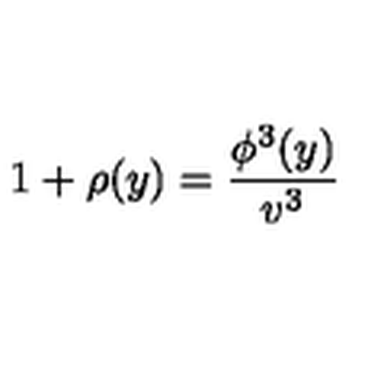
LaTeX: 1 + \rho ( y ) = \frac { \phi ^ { 3 } ( y ) } { v ^ { 3 } }